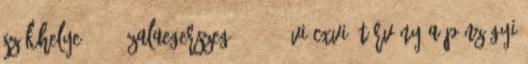
székhelye: 8900 Zalaegerszeg, 2012. évi CXVI. törvény a pénzügyi